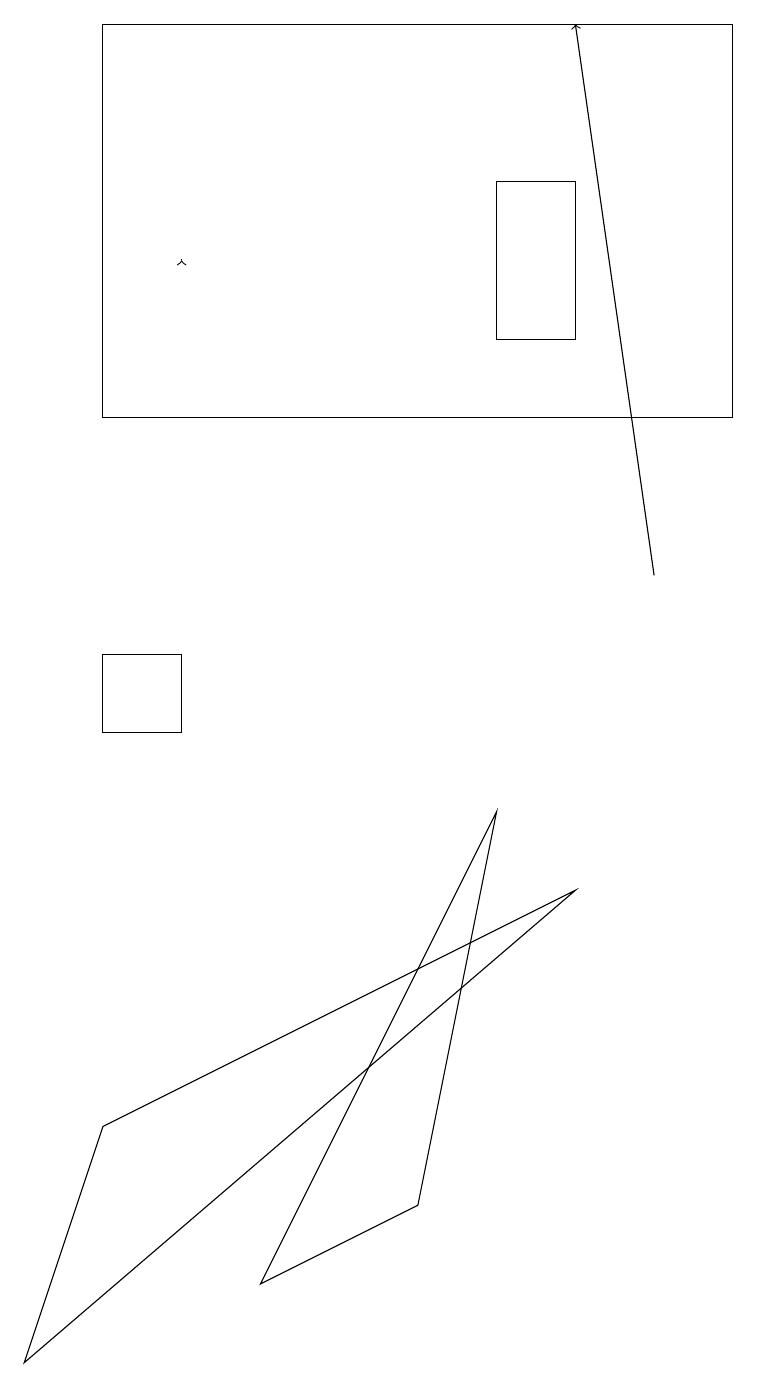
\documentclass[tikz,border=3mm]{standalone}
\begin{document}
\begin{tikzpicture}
\draw[->] (8,12) -- (7,19);
\draw (7,17) rectangle (6,15);
\draw (5,4) -- (6,9) -- (3,3) -- cycle;
\draw (1,5) -- (7,8) -- (0,2) -- cycle;
\draw[->] (2,16) -- (2,16);
\draw (1,14) rectangle (9,19);
\draw (1,11) rectangle (2,10);
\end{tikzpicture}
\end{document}